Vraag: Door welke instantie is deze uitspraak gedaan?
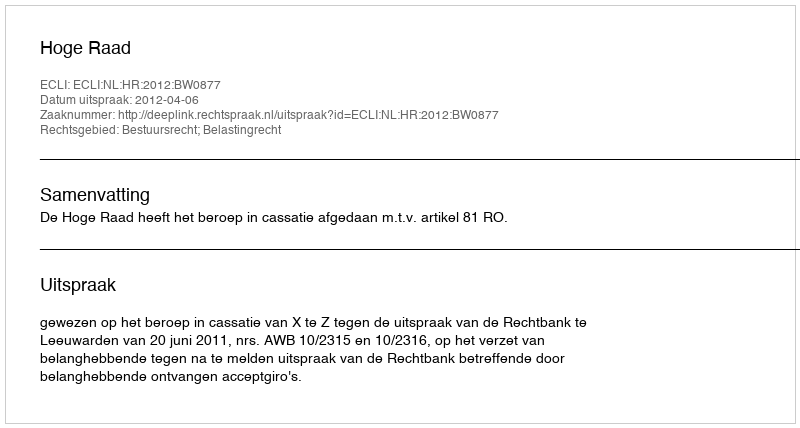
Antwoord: Hoge Raad